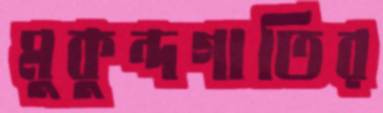
মুকুন্দগাতির